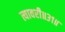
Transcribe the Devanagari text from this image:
त्यावरी॥३१॥